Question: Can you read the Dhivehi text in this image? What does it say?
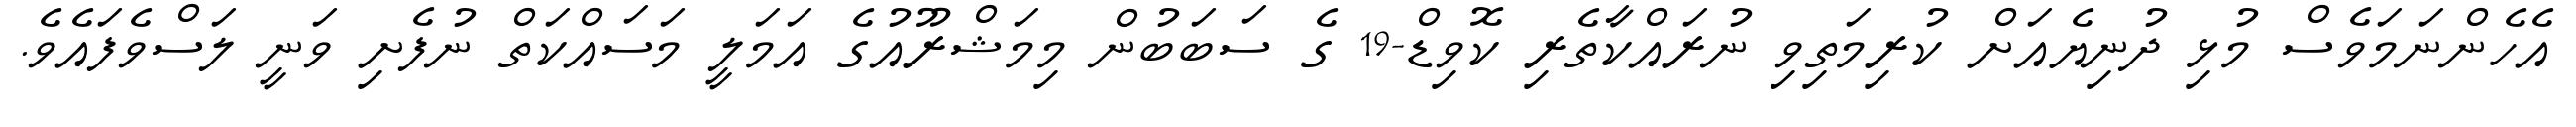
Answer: އެހެންނަމަވެސް މުޅި ދުނިޔެއަށް ކުރިމަތިވި ނުރައްކާތެރި ކޮވިޑް-19 ގެ ސަބަބުން މިމަޝްރޫއުގެ އަމަލީ މަސައްކަތް ނުފެށި ވަނީ ލަސްވެފައެވެ.